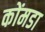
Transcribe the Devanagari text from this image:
कोंमडा